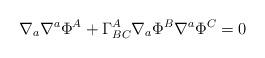
LaTeX: \begin{align*}\nabla _{a}\nabla ^{a}\Phi ^{A}+\Gamma _{BC}^{A}\nabla _{a}\Phi ^{B}\nabla^{a}\Phi ^{C}=0 \end{align*}